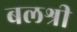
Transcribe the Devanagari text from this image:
बलश्री